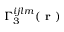
\Gamma _ { 3 } ^ { i j l m } ( \textbf { r } )